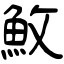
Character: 䰻